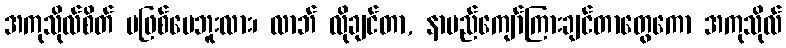
အကုသိုလ်စိတ် မဖြစ်ပေဘူးလား၊ လာဘ် လိုချင်တာ, နာမည်ကျော်ကြားချင်တာတွေကော အကုသိုလ်